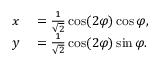
\begin{array} { r l } { x } & { { } = { \frac { 1 } { \sqrt { 2 } } } \cos ( 2 \varphi ) \cos \varphi , } \\ { y } & { { } = { \frac { 1 } { \sqrt { 2 } } } \cos ( 2 \varphi ) \sin \varphi . } \end{array}